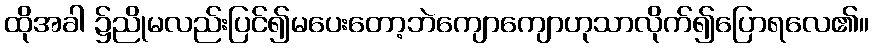
ထိုအခါ ၌ညိုမလည်းပြင်၍မပေးတော့ဘဲကျောကျောဟုသာလိုက်၍ပြောရလေ၏။